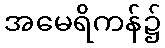
အမေရိကန်၌